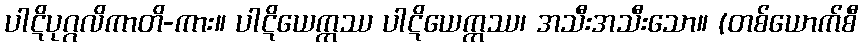
ပါဋိပုဂ္ဂလိကာတိ-ကား။ ပါဋိယေက္ကဿ ပါဋိယေက္ကဿ၊ အသီးအသီးသော။ (တစ်ယောက်စီ